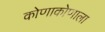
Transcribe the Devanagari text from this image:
कोणाकोणाला